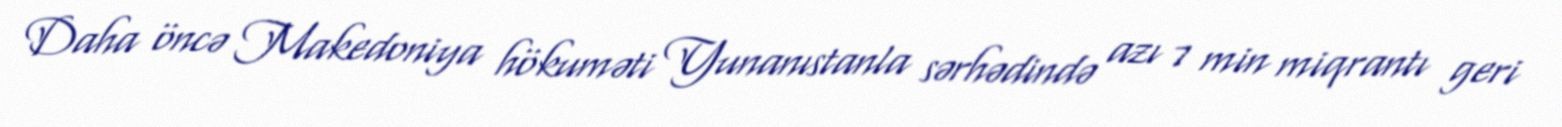
Daha öncə Makedoniya hökuməti Yunanıstanla sərhədində azı 7 min miqrantı geri